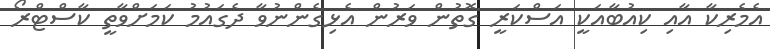
އެމެރިކާ އާއި ކިއުބާއަކީ އަސްކަރީ ގޮތުން ވަރުން އެޅިގެންނުވާ ދެގައުމު ކަމަށްވާތީ ކާސްޓްރޯ